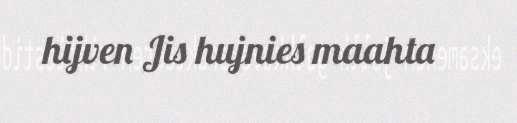
hijven Jis hujnies maahta